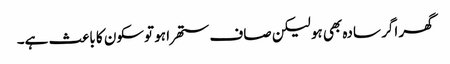
گھر اگر سادہ بھی ہو لیکن صاف ستھرا ہو توسکون کا باعث ہے۔